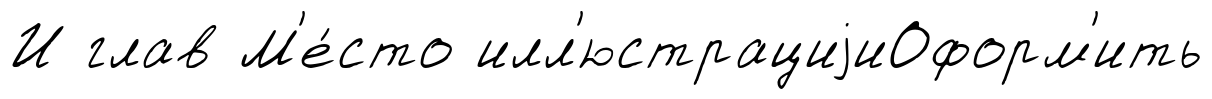
И глав М'е́сто илл'юстрациjиОформ'ить